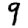
Digit: 9